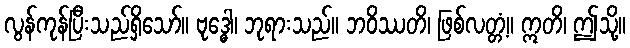
လွန်ကုန်ပြီးသည်ရှိသော်။ ဗုဒ္ဓေါ၊ ဘုရားသည်။ ဘဝိဿတိ၊ ဖြစ်လတ္တံ့။ ဣတိ၊ ဤသို့။